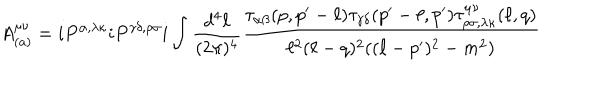
LaTeX: A _ { ( a ) } ^ { \mu \nu } = i P ^ { \alpha , \lambda \kappa } i P ^ { \gamma \delta , \rho \sigma } i \int { \frac { d ^ { 4 } \ell } { ( 2 \pi ) ^ { 4 } } } { \frac { \tau _ { \alpha \beta } ( p , p ^ { \prime } - \ell ) \tau _ { \gamma \delta } ( p ^ { \prime } - \ell , p ^ { \prime } ) \tau _ { \rho \sigma , \lambda \kappa } ^ { \mu \nu } ( \ell , q ) } { \ell ^ { 2 } ( \ell - q ) ^ { 2 } ( ( \ell - p ^ { \prime } ) ^ { 2 } - m ^ { 2 } ) } }